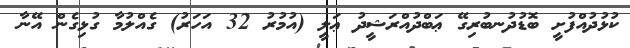
ކުޅުދުއްފުށީ ބޮޑުދުނބުރިގޭ ޢަބްދުއްރަޝީދު ޢަލީ (އުމުރު 32 އަހަރު) ގެއްލުމާ ގުޅިގެން އޭނާ